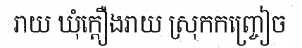
រាយ ឃុំក្តឿងរាយ ស្រុកកញ្ច្រៀច